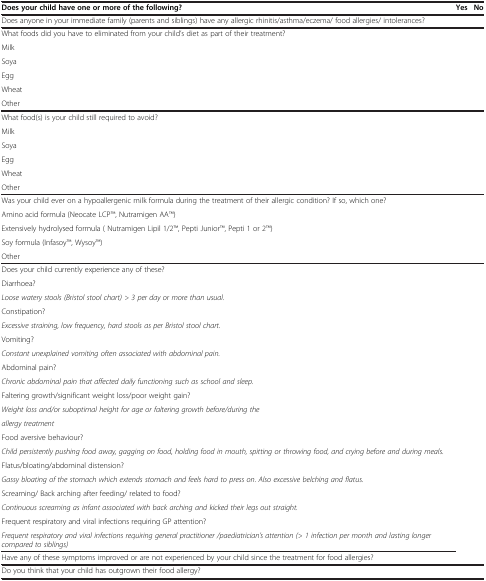
<table><thead><tr><td><b>Does your child have one or more of the following?</b></td><td><b>Yes</b></td><td><b>No</b></td></tr></thead><tbody><tr><td>Does anyone in your immediate family (parents and siblings) have any allergic rhinitis/asthma/eczema/ food allergies/ intolerances?</td><td> </td><td> </td></tr><tr><td>What foods did you have to eliminated from your child’s diet as part of their treatment?</td><td> </td><td> </td></tr><tr><td>Milk</td><td> </td><td> </td></tr><tr><td>Soya</td><td> </td><td> </td></tr><tr><td>Egg</td><td> </td><td> </td></tr><tr><td>Wheat</td><td> </td><td> </td></tr><tr><td>Other</td><td> </td><td> </td></tr><tr><td>What food(s) is your child still required to avoid?</td><td> </td><td> </td></tr><tr><td>Milk</td><td> </td><td> </td></tr><tr><td>Soya</td><td> </td><td> </td></tr><tr><td>Egg</td><td> </td><td> </td></tr><tr><td>Wheat</td><td> </td><td> </td></tr><tr><td>Other</td><td> </td><td> </td></tr><tr><td>Was your child ever on a hypoallergenic milk formula during the treatment of their allergic condition? If so, which one?</td><td> </td><td> </td></tr><tr><td>Amino acid formula (Neocate LCPTM, Nutramigen AATM)</td><td> </td><td> </td></tr><tr><td>Extensively hydrolysed formula ( Nutramigen Lipil 1/2TM, Pepti JuniorTM, Pepti 1 or 2TM)</td><td> </td><td> </td></tr><tr><td>Soy formula (InfasoyTM, WysoyTM)</td><td> </td><td> </td></tr><tr><td>Other</td><td> </td><td> </td></tr><tr><td>Does your child currently experience any of these?</td><td> </td><td> </td></tr><tr><td>Diarrhoea?</td><td> </td><td> </td></tr><tr><td><i>Loose watery stools (Bristol stool chart) &gt; 3 per day or more than usual.</i></td><td> </td><td> </td></tr><tr><td>Constipation?</td><td> </td><td> </td></tr><tr><td><i>Excessive straining, low frequency, hard stools as per Bristol stool chart.</i></td><td> </td><td> </td></tr><tr><td>Vomiting?</td><td> </td><td> </td></tr><tr><td><i>Constant unexplained vomiting often associated with abdominal pain.</i></td><td> </td><td> </td></tr><tr><td>Abdominal pain?</td><td> </td><td> </td></tr><tr><td><i>Chronic abdominal pain that affected daily functioning such as school and sleep.</i></td><td> </td><td> </td></tr><tr><td>Faltering growth/significant weight loss/poor weight gain?</td><td> </td><td> </td></tr><tr><td><i>Weight loss and/or suboptimal height for age or faltering growth before/during the</i></td><td> </td><td> </td></tr><tr><td><i>allergy treatment</i></td><td> </td><td> </td></tr><tr><td>Food aversive behaviour?</td><td> </td><td> </td></tr><tr><td><i>Child persistently pushing food away, gagging on food, holding food in mouth, spitting or throwing food, and crying before and during meals.</i></td><td> </td><td> </td></tr><tr><td>Flatus/bloating/abdominal distension?</td><td> </td><td> </td></tr><tr><td><i>Gassy bloating of the stomach which extends stomach and feels hard to press on. Also excessive belching and flatus.</i></td><td> </td><td> </td></tr><tr><td>Screaming/ Back arching after feeding/ related to food?</td><td> </td><td> </td></tr><tr><td><i>Continuous screaming as infant associated with back arching and kicked their legs out straight.</i></td><td> </td><td> </td></tr><tr><td>Frequent respiratory and viral infections requiring GP attention?</td><td> </td><td> </td></tr><tr><td><i>Frequent respiratory and viral infections requiring general practitioner /paediatrician’s attention (&gt; 1 infection per month and lasting longer compared to siblings)</i></td><td> </td><td> </td></tr><tr><td>Have any of these symptoms improved or are not experienced by your child since the treatment for food allergies?</td><td> </td><td> </td></tr><tr><td>Do you think that your child has outgrown their food allergy?</td><td> </td><td> </td></tr></tbody></table>